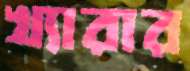
খ্যারার